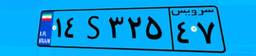
۴۶S۲۰۹۳۲